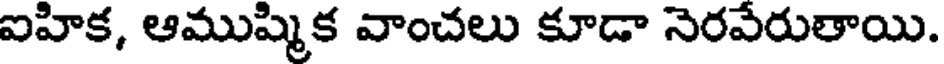
ఐహిక, ఆముష్మిక వాంచలు కూడా నెరవేరుతాయి.